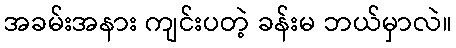
အခမ်းအနား ကျင်းပတဲ့ ခန်းမ ဘယ်မှာလဲ။